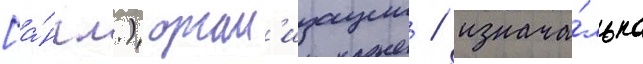
[а́нгл.) орган'изации / изнача́льно